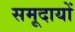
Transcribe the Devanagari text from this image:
समूदायों